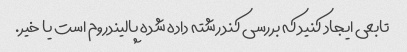
تابعی ایجاد کنید که بررسی کند رشته داده شده پالیندروم است یا خیر.